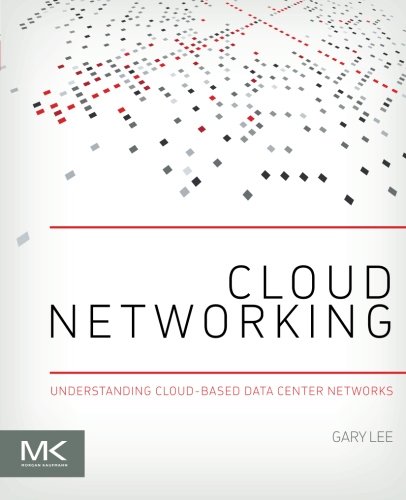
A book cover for Cloud Networking: Understanding Cloud-based Data Center Networks; Gary Lee; Computers & Technology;